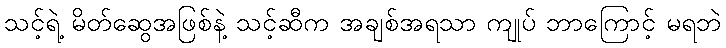
သင့်ရဲ့ မိတ်ဆွေအဖြစ်နဲ့ သင့်ဆီက အချစ်အရသာ ကျုပ် ဘာကြောင့် မရဘဲ